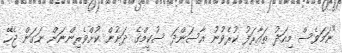
"ނަމަވެސް މިއަދު ތައާރަފު ކުރެވުނު އާސަންދަ ސުކީމްގެ ދަށުން ކުށްވެރިންނަށް ނަގަން ޖެހޭ